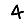
Digit: 4